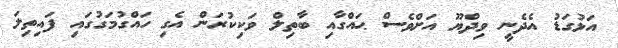
އަޅުގަޑު އެދެނީ ވިދްޔޫ އަށްވެސް ޙައްގާއި ބާތިލް ވަކިކުރަން އެގި ހައްގުމަގުގައި ފައިތިލަ